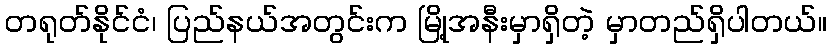
တရုတ်နိုင်ငံ၊ ပြည်နယ်အတွင်းက မြို့အနီးမှာရှိတဲ့ မှာတည်ရှိပါတယ်။